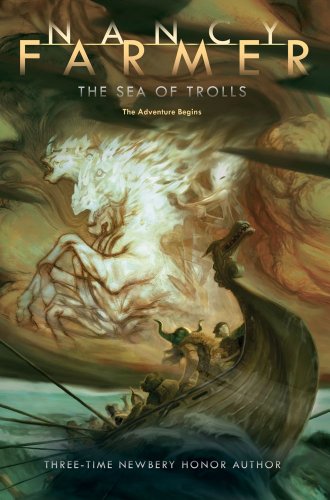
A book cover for The Sea of Trolls (Sea of Trolls Trilogy); Nancy Farmer; Children's Books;